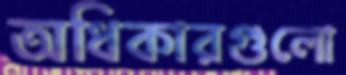
অধিকারগুলো